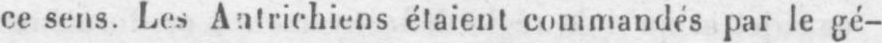
ce sens. Les Autrichiens étaient commandés par le gé-